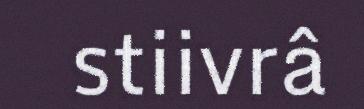
stiivrâ